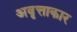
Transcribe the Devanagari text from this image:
अवृत्ताकार